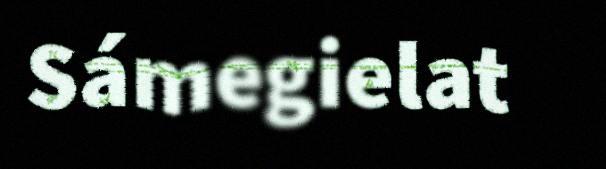
Sámegielat